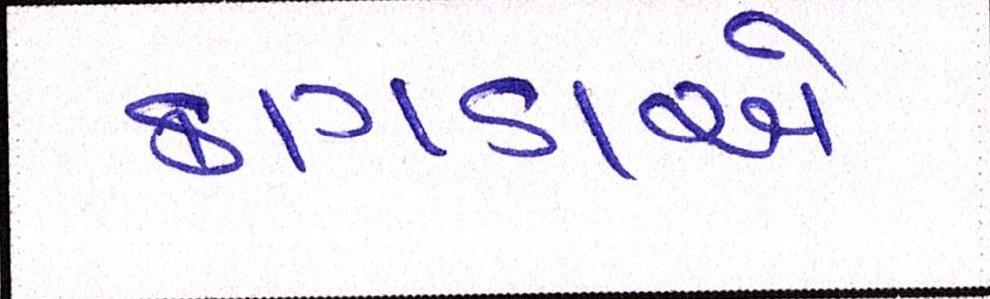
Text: કાગડાએ